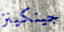
جينكينز